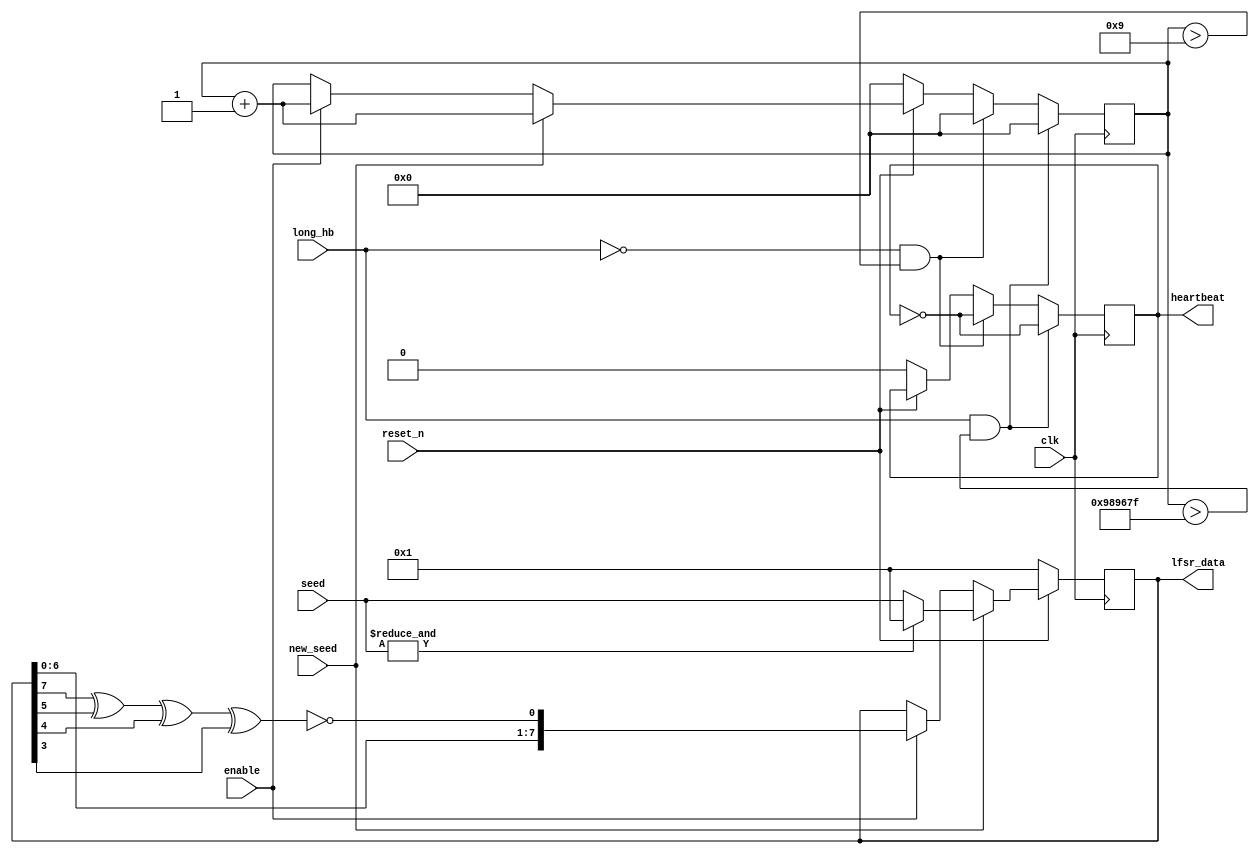
module alorium_lfsr
  (
   input clk,
   input reset_n,
   input new_seed,
   input enable,
   input wire [7:0] seed,
   input long_hb,
   output reg heartbeat,
   output reg [7:0] lfsr_data
  );
   reg [29:0] hb_cnt;
   wire	feedback;
   assign feedback = ~(lfsr_data[7] ^ lfsr_data[5] ^ 
                       lfsr_data[4] ^ lfsr_data[3]);
   always @(posedge clk) begin
      if (!reset_n) begin
         heartbeat <= 0;
         hb_cnt <= 0;
	 lfsr_data <= 8'h01;
      end
      else if (new_seed) begin
         lfsr_data <= &seed ? 8'h01 : seed;
         hb_cnt <= hb_cnt + 1;
      end
      else if (enable) begin
	 lfsr_data <= {lfsr_data[6:0],feedback};
         hb_cnt <= hb_cnt + 1;
      end 
      if ((long_hb) && (hb_cnt > 9999999)) begin
        hb_cnt <= 0;
        heartbeat <= ~heartbeat;
      end
      else if ((!long_hb) && (hb_cnt > 9)) begin
        hb_cnt <= 0;
        heartbeat <= ~heartbeat;
      end
   end 
endmodule